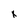
Character: x